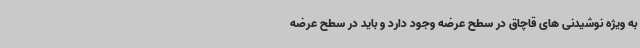
به ویژه نوشیدنی های قاچاق در سطح عرضه وجود دارد و باید در سطح عرضه